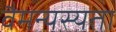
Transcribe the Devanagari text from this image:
वैमन्यस्यता